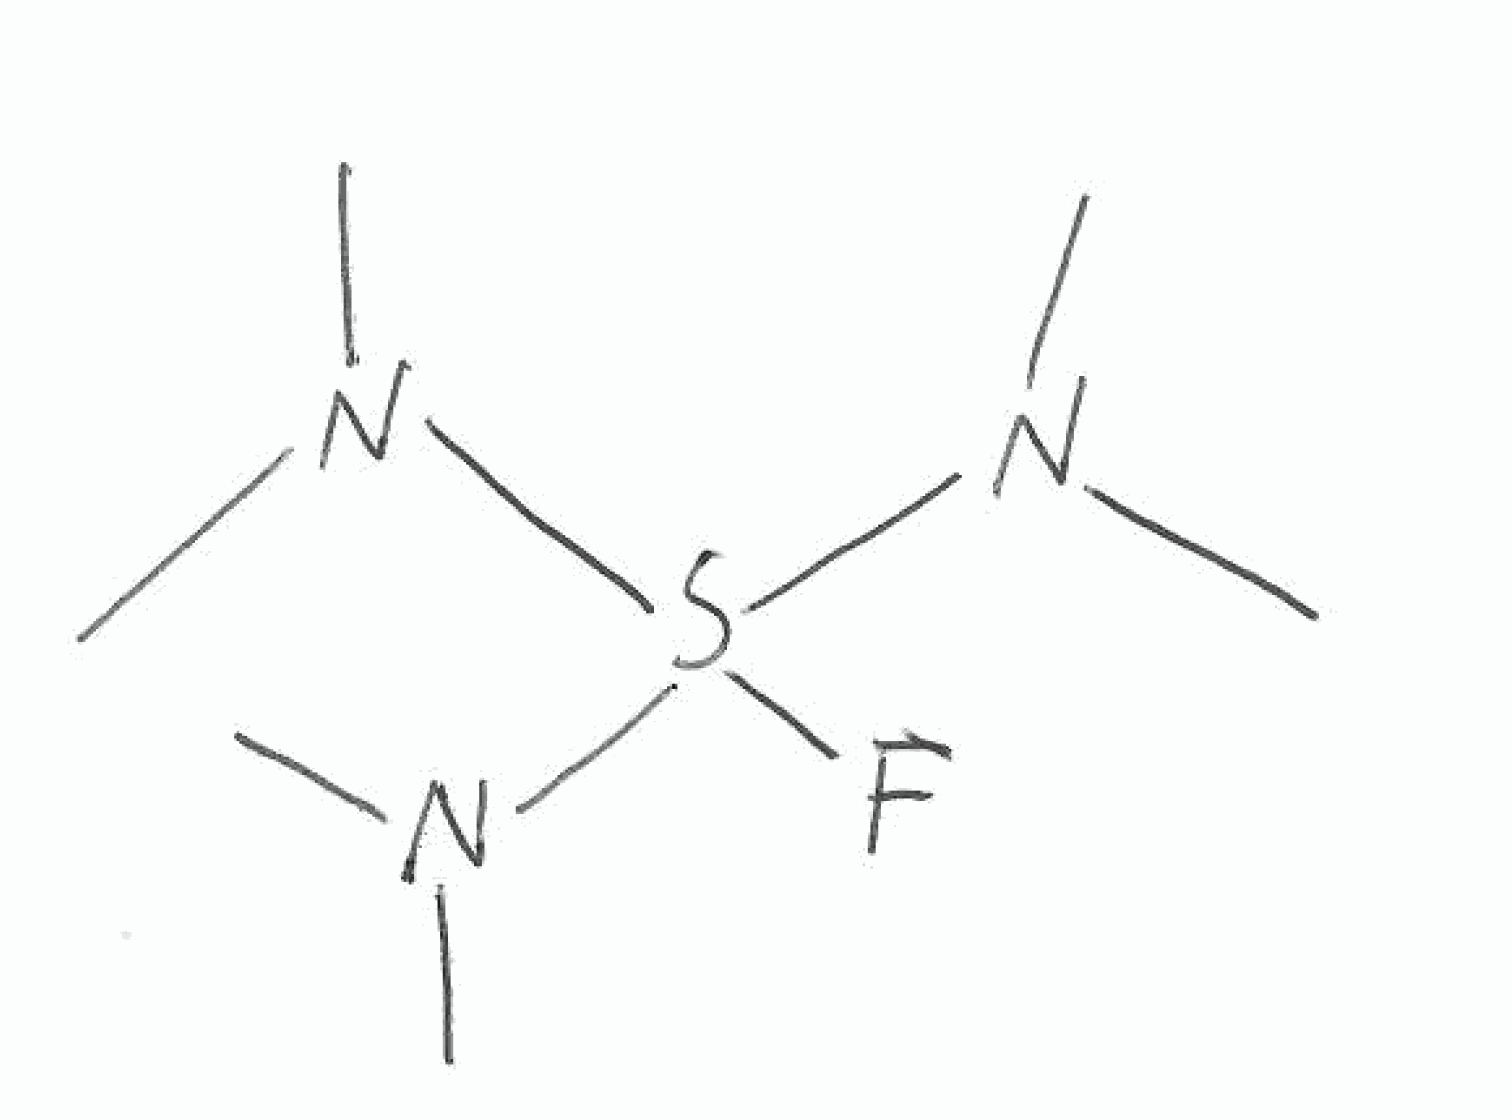
Simplified molecular-input line-entry system (SMILES) notation of the given molecule:
CN(C)S(N(C)C)(N(C)C)F